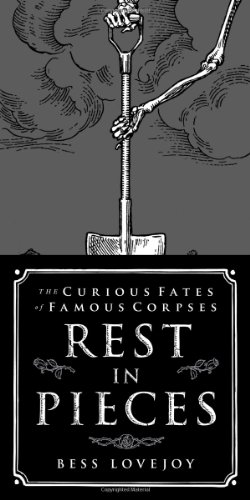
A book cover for Rest in Pieces: The Curious Fates of Famous Corpses; Bess Lovejoy; History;